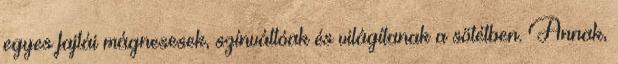
egyes fajtái mágnesesek, színváltóak és világítanak a sötétben. Annak,